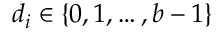
d _ { i } \in \{ 0 , 1 , \dotsc , b - 1 \}